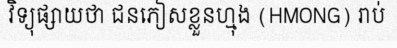
វិទ្យុផ្សាយថា ជនភៀសខ្លួនហ្មុង (HMONG) រាប់